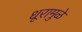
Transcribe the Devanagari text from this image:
धूरामुळे